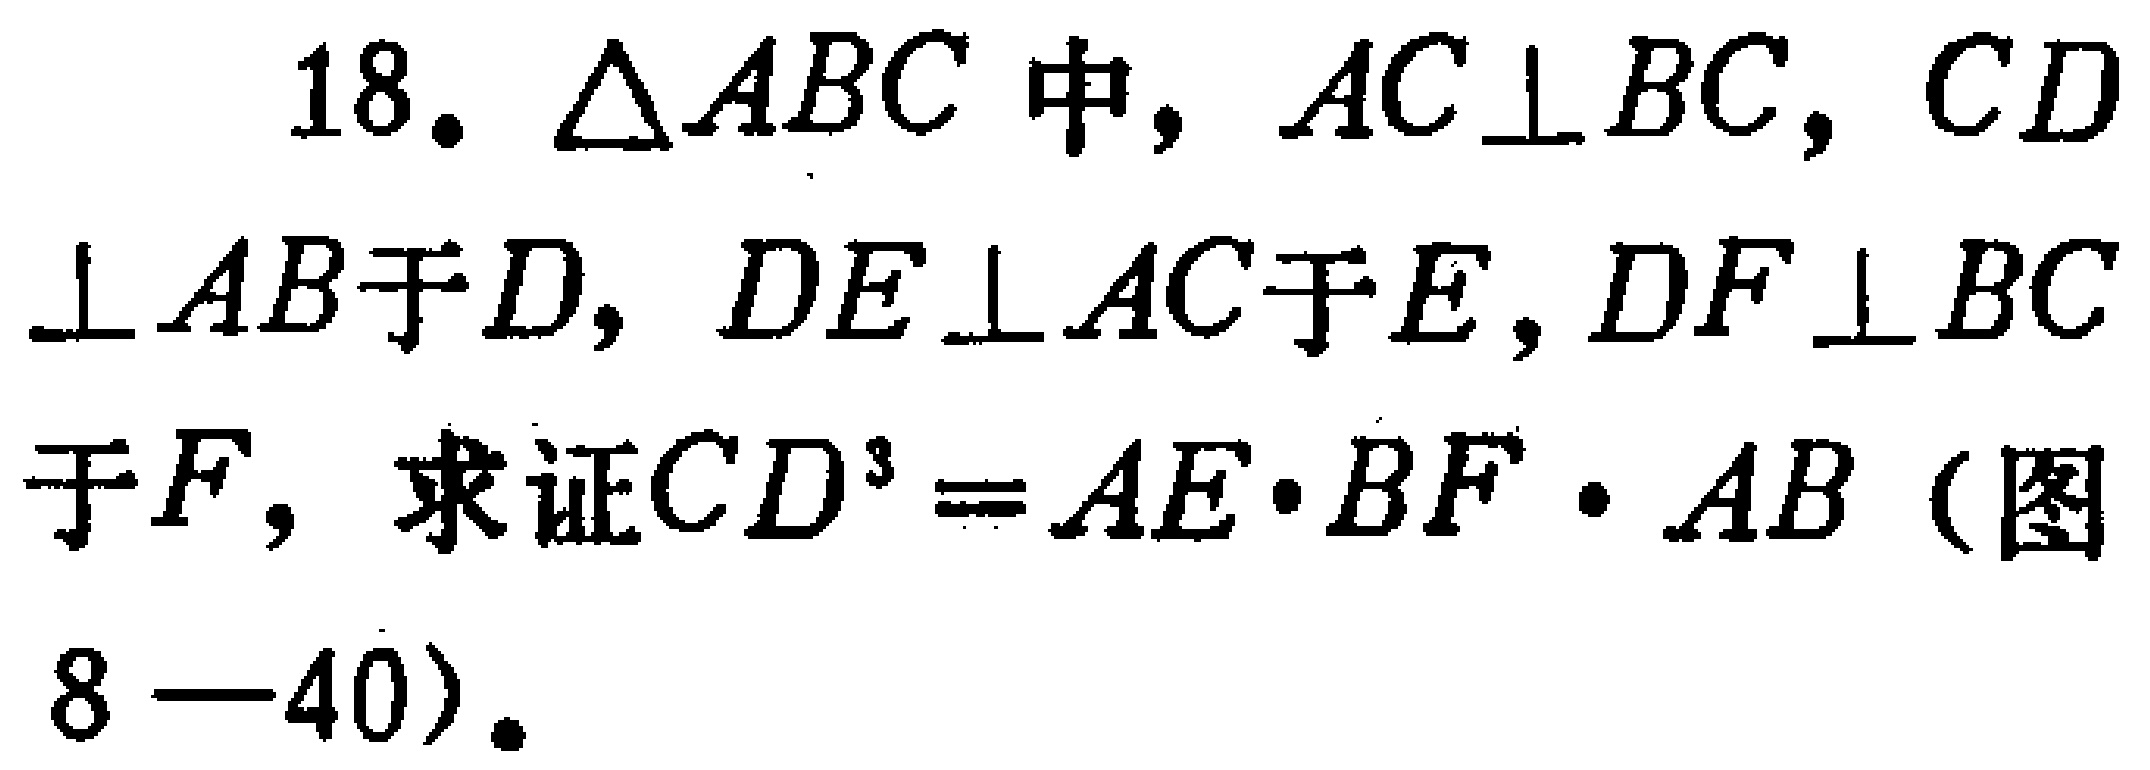
18. $\triangle ABC$中，$AC\perp BC$，$CD\perp AB$于$D$，$DE\perp AC$于$E$，$DF\perp BC$于$F$，求证$CD^{3}=AE\cdot BF\cdot AB$（图8—40）。